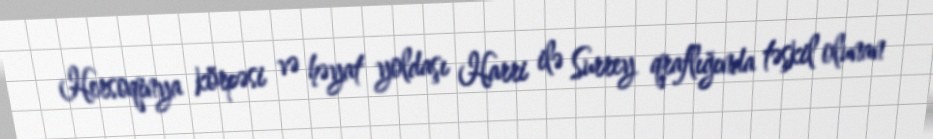
Hersoqinya körpəsi və həyat yoldaşı Harri ilə Surrey qraflığında təşkil olunan